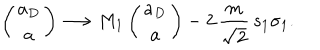
\left( \begin{matrix} { { a _ { D } } } \\ { { a } } \\ \end{matrix} \right) \longrightarrow M _ { 1 } \left( \begin{matrix} { { a _ { D } } } \\ { { a } } \\ \end{matrix} \right) - 2 \, { \frac { m } { \sqrt { 2 } } } \, s _ { 1 } \sigma _ { 1 } .